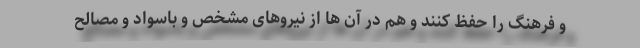
و فرهنگ را حفظ کنند و هم در آن ها از نیروهای مشخص و باسواد و مصالح